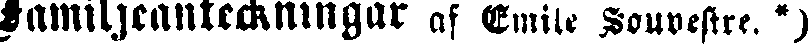
Familjeanteckningar af Emile Souvestre. *)